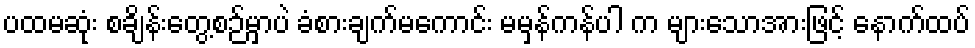
ပထမဆုံး စချိန်းတွေ့စဉ်မှာပဲ ခံစားချက်မကောင်း မမှန်ကန်ပါ က များသောအားဖြင့် နောက်ထပ်